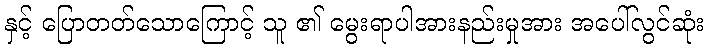
နှင့် ပြောတတ်သောကြောင့် သူ ၏ မွေးရာပါအားနည်းမှုအား အပေါ်လွင်ဆုံး